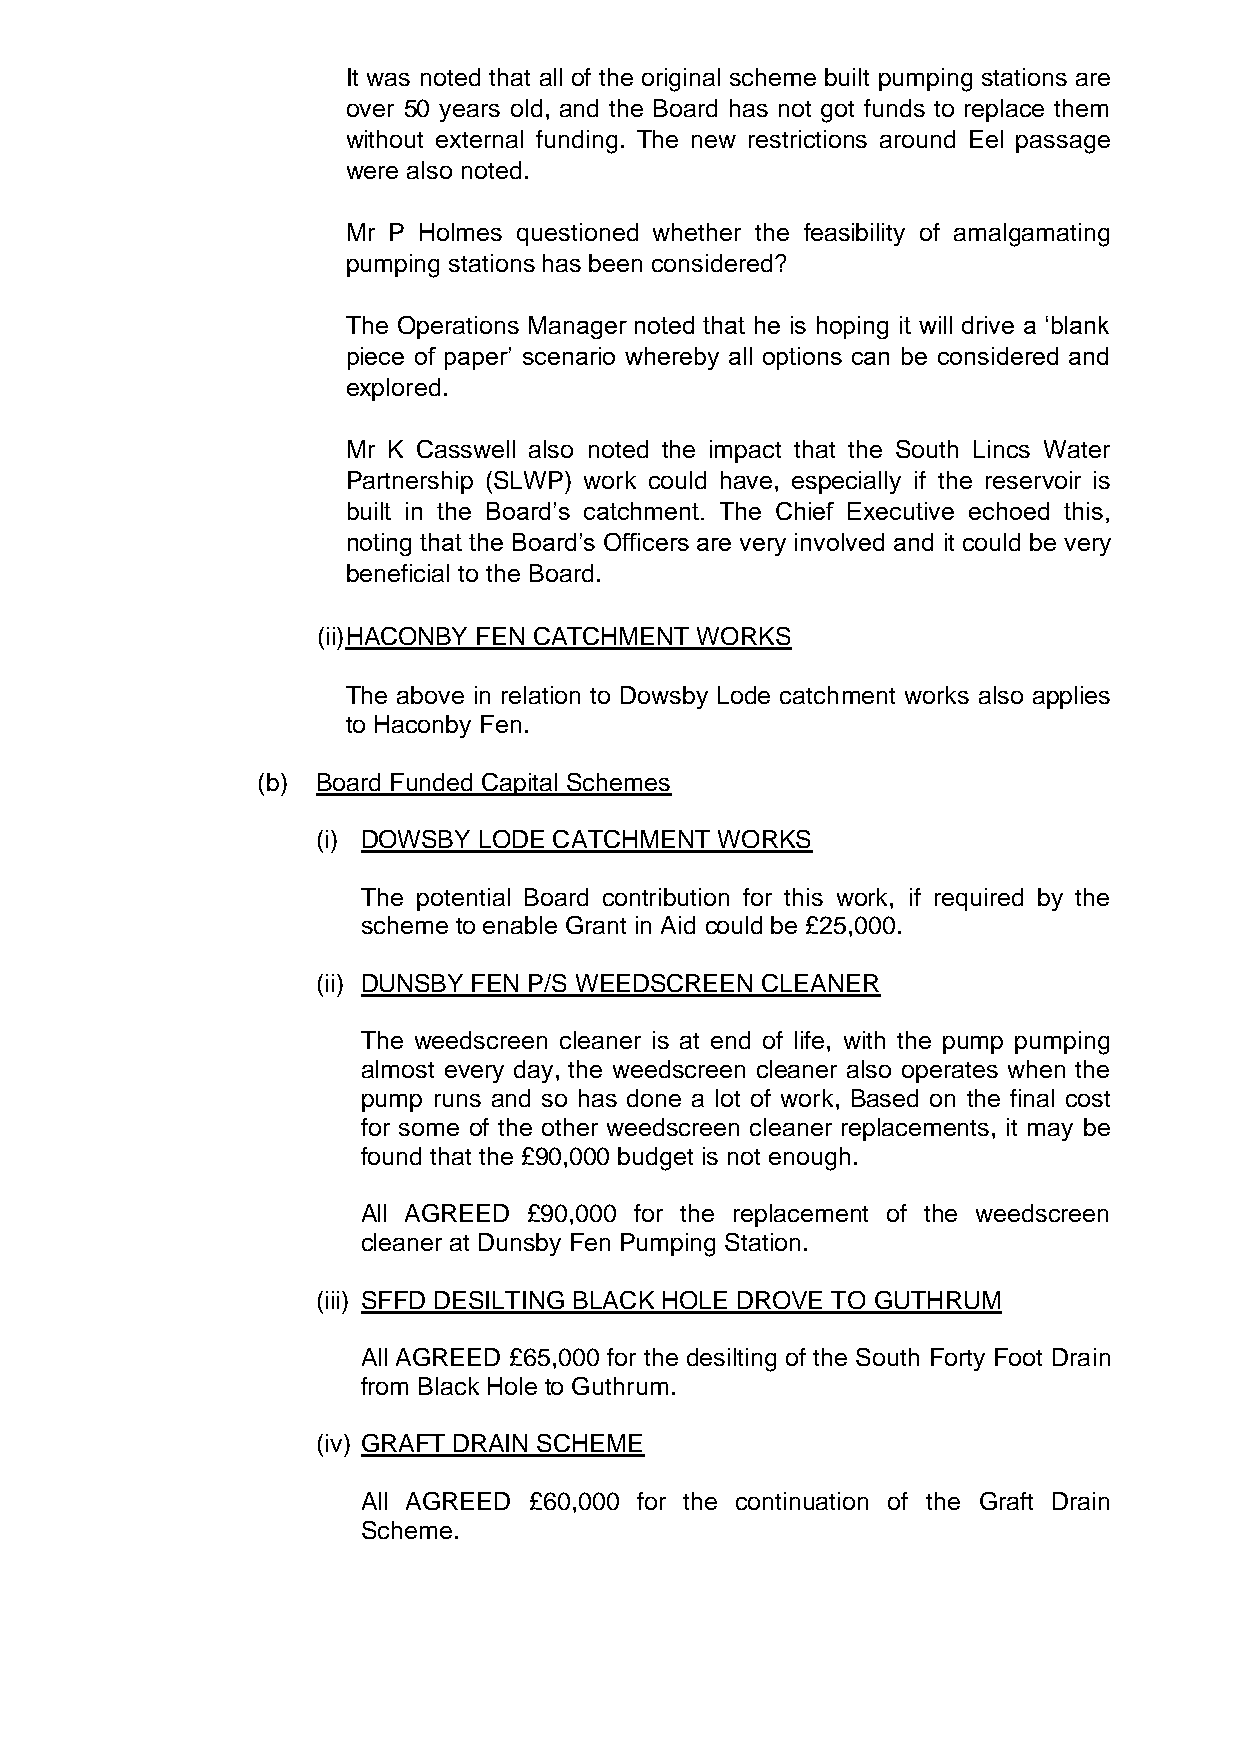
It was noted that all of the original scheme built pumping stations are
 over 50 years old, and the Board has not got funds to replace them
 without external funding. The new restrictions around Eel passage
 were also noted.
 Mr P Holmes questioned whether the feasibility of amalgamating
 pumping stations has been considered?
 The Operations Manager noted that he is hoping it will drive a ‘blank
 piece of paper’ scenario whereby all options can be considered and
 explored.
 Mr K Casswell also noted the impact that the South Lincs Water
 Partnership (SLWP) work could have, especially if the reservoir is
 built in the Board’s catchment. The Chief Executive echoed this,
 noting that the Board’s Officers are very involved and it could be very
 beneficial to the Board.
 (ii) HACONBY FEN CATCHMENT WORKS
 The above in relation to Dowsby Lode catchment works also applies
 to Haconby Fen.
 (b) Board Funded Capital Schemes
 (i) DOWSBY LODE CATCHMENT  WORKS
 The potential Board contribution for this work, if required by the
 scheme to enable Grant in Aid could be £25,000.
 (ii) DUNSBY FEN P/S WEEDSCREEN CLEANER
 The weedscreen cleaner is at end of life, with the pump pumping
 almost every day, the weedscreen cleaner also operates when the
 pump runs and so has done a lot of work, Based on the final cost
 for some of the other weedscreen cleaner replacements, it may be
 found that the £90,000 budget is not enough.
 All AGREED £90,000 for the replacement of the weedscreen
 cleaner at Dunsby Fen Pumping Station.
 (iii) SFFD DESILTING BLACK HOLE DROVE TO GUTHRUM
 All AGREED £65,000 for the desilting of the South Forty Foot Drain
 from Black Hole to Guthrum.
 (iv) GRAFT DRAIN SCHEME
 All AGREED £60,000 for the continuation of the Graft Drain
 Scheme.